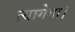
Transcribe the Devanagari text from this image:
त्यागेगा।